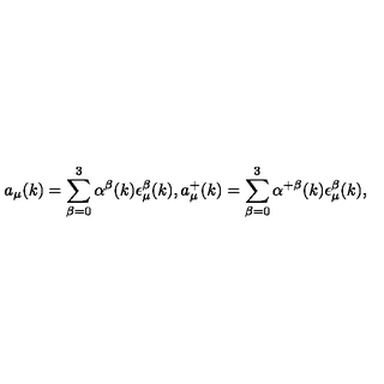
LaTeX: a _ { \mu } ( k ) = \sum _ { \beta = 0 } ^ { 3 } \alpha ^ { \beta } ( k ) \epsilon _ { \mu } ^ { \beta } ( k ) , a _ { \mu } ^ { + } ( k ) = \sum _ { \beta = 0 } ^ { 3 } \alpha ^ { + \beta } ( k ) \epsilon _ { \mu } ^ { \beta } ( k ) ,